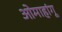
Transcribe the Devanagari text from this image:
ओमाहांगू